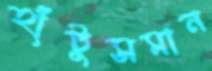
হাঁটুসমান